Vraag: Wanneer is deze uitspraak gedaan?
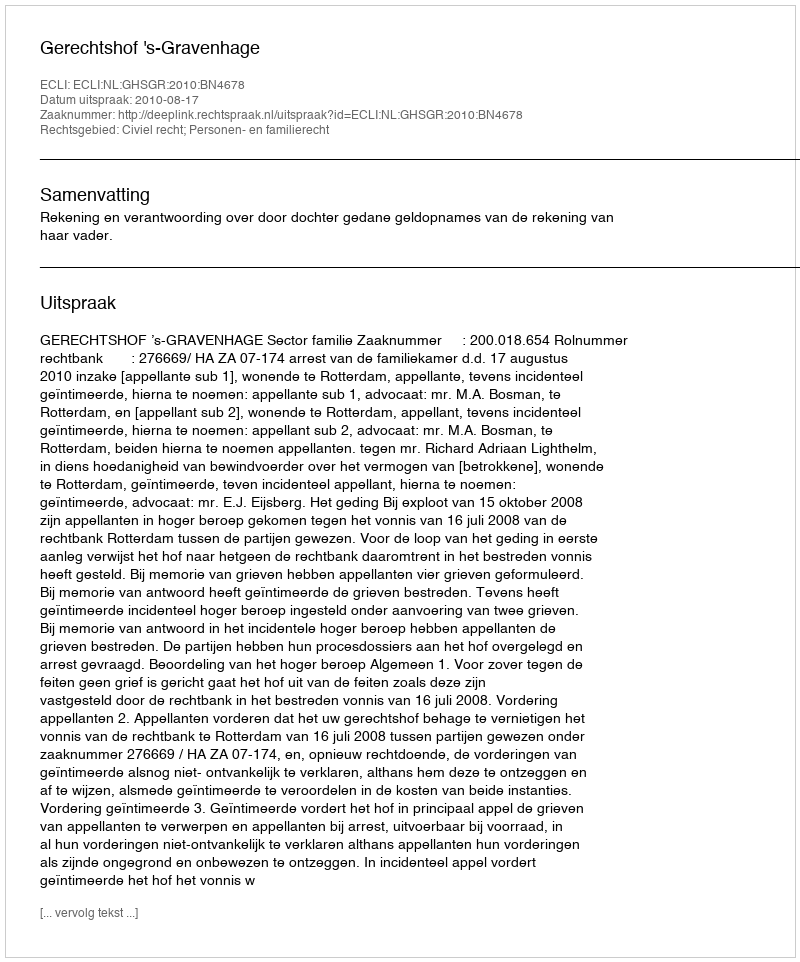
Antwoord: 2010-08-17